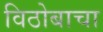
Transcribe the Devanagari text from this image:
विठोबाचा